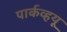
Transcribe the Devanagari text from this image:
पार्कव्हयू